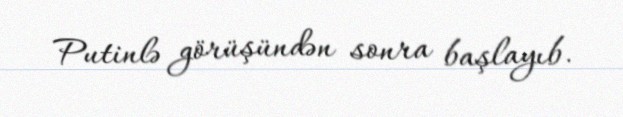
Putinlə görüşündən sonra başlayıb.